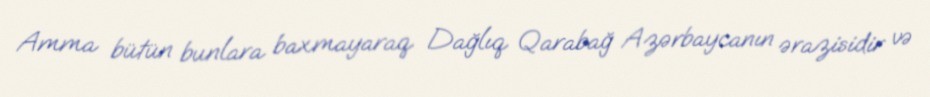
Amma bütün bunlara baxmayaraq Dağlıq Qarabağ Azərbaycanın ərazisidir və